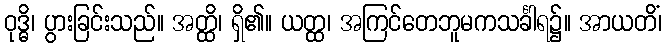
ဝုဒ္ဓိ၊ ပွားခြင်းသည်။ အတ္ထိ၊ ရှိ၏။ ယတ္ထ၊ အကြင်တေဘူမကသင်္ခါရ၌။ အာယတိံ၊